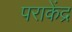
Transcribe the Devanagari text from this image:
पराकेंद्र